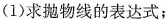
(1)求抛物线的表达式；